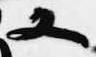
又